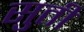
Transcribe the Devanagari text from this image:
सुतीं